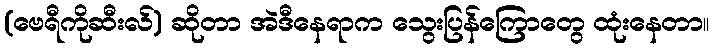
(ဗေရီကိုဆီးလ်) ဆိုတာ အဲဒီနေရာက သွေးပြန်ကြောတွေ ထုံးနေတာ။